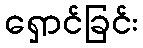
ရှောင်ခြင်း